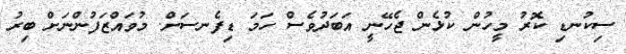
ސިކުނޑި ކޮރު މީހުން ކުޅެން ޖެހޭނީ އަބަދުވެސް ހަމަ ޑިފެނސަށް. މުވައްޒަފުންނަށް ބިރު